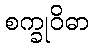
စက္ခုဝိဓာ